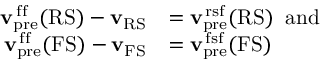
\begin{array} { r l } { { \mathbf { v } } _ { \mathrm { p r e } } ^ { \mathrm { \, f f } } ( \mathrm { R S } ) - { \mathbf { v } } _ { \mathrm { R S } } } & { = { \mathbf { v } } _ { \mathrm { p r e } } ^ { \mathrm { \, r s f } } ( \mathrm { R S } ) \; \; \mathrm { a n d } } \\ { { \mathbf { v } } _ { \mathrm { p r e } } ^ { \mathrm { \, f f } } ( \mathrm { F S } ) - { \mathbf { v } } _ { \mathrm { F S } } } & { = { \mathbf { v } } _ { \mathrm { p r e } } ^ { \mathrm { \, f s f } } ( \mathrm { F S } ) } \end{array}